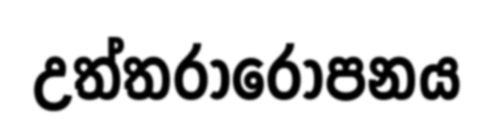
උත්තරාරෝපනය